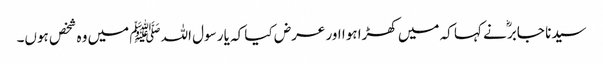
سیدنا جابرؓ نے کہا کہ میں کھڑا ہوا اور عرض کیا کہ یا رسول اللہﷺ میں وہ شخص ہوں۔